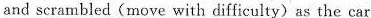
and scrambled (move with difficulty) as the car